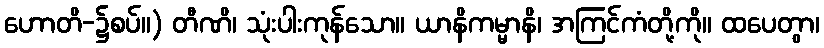
ဟောတိ-၌စပ်။) တီဏိ၊ သုံးပါးကုန်သော။ ယာနိကမ္မာနိ၊ အကြင်ကံတို့ကို။ ထပေတွာ၊